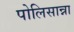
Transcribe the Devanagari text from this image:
पोलिसान्ना